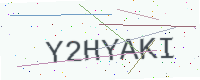
Text: Y2HYAKI